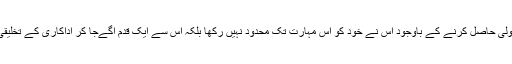
چنانچہ نقالی کے فن میں ید طولٰی حاصل کرنے کے باوجود اس نے خود کو اس مہارت تک محدود نہیں رکھا بلکہ اس سے ایک قدم آگےجا کر اداکاری کے تخلیقی جوہر تک رسائی حاصل کی۔